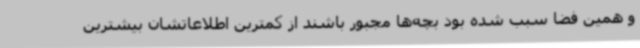
و همین فضا سبب شده بود بچه‌ها مجبور باشند از کمترین اطلاعاتشان بیشترین